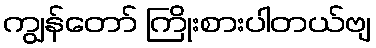
ကျွန်တော် ကြိုးစားပါတယ်ဗျ